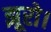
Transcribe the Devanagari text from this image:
झूरो।